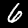
Digit: 6